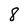
Character: 8